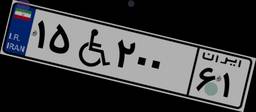
۵۸W۸۸۵۴۹